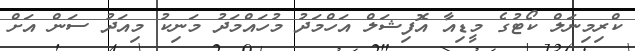
ކްރިމިނަލް ކޯޓުގެ މީޑިއާ އޮފިޝަލް އަހްމަދު މުހައްމަދު މަނިކު މިއަދު ސަން އަށް